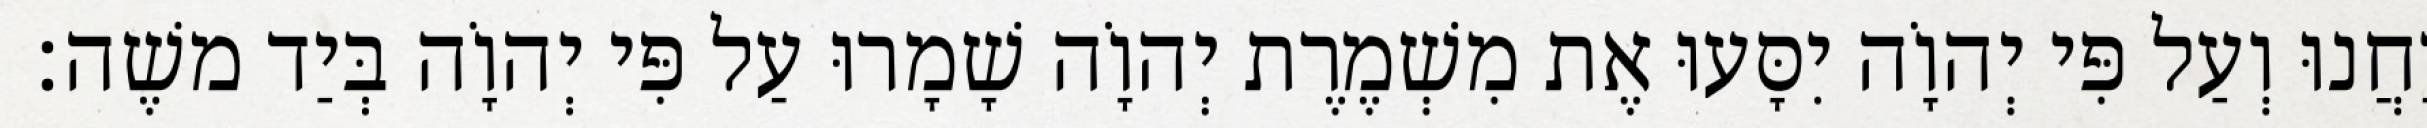
יַחֲנוּ וְעַל פִּי יְהוָֹה יִסָּעוּ אֶת מִשְׁמֶרֶת יְהוָֹה שָׁמָרוּ עַל פִּי יְהוָֹה בְּיַד משֶׁה׃